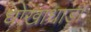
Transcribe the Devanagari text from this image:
धोखाधाड़ी